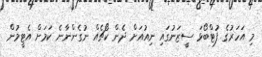
މި އަހަރުގެ ފުޓްބޯޅަ ސީޒަނުގައި ނިއުއަށް ދެން ކޯޗެއް ނުގެންނާނެ ކަމަށް އެޓީމުން